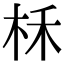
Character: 柇